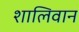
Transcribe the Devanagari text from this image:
शालिवान